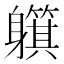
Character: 𲄰